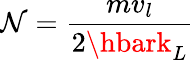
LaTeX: \mathcal{N}=\frac{{mv_{l}}}{{2\hbark_{L}}}